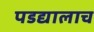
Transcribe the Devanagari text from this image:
पडद्यालाच